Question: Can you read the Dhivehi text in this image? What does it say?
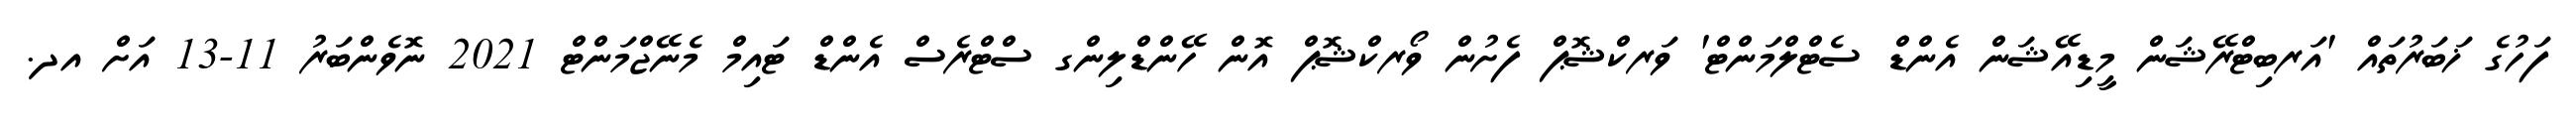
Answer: ފަހުގެ ޚަބަރުތައް 'އަރބިޓްރޭޝަން މީޑިއޭޝަން އެންޑް ސެޓްލްމަންޓް' ވަރކްޝޮޕް ފެށުން ވޯރކްޝޮޕް އޮން ހޭންޑްލިންގ ސްޓްރެސް އެންޑް ޓައިމް މެނޭޖްމަންޓް 2021 ނޮވެންބަރު 11-13 އަށް އދ.